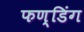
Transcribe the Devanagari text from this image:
फण्डिंग